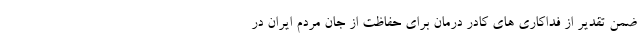
ضمن تقدیر از فداکاری های کادر درمان برای حفاظت از جان مردم ایران در